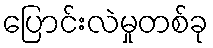
ပြောင်းလဲမှုတစ်ခု